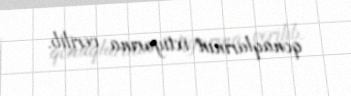
qonaqlarının ixtiyarına verilib.